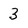
Character: 3